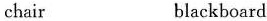
chair blackboard